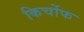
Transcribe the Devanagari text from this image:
किर्चोफ